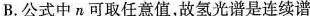
B.公式中n可取任意值，故氢光谱是连续谱